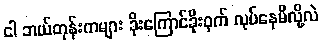
ငါ ဘယ်တုန်းကများ ခိုးကြောင်ခိုးဝှက် လုပ်နေမိလို့လဲ